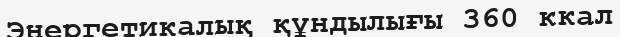
Энергетикалық құндылығы 360 ккал